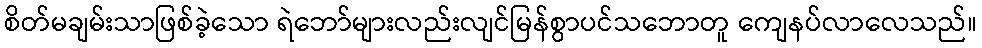
စိတ်မချမ်းသာဖြစ်ခဲ့သော ရဲဘော်များလည်းလျင်မြန်စွာပင်သဘောတူ ကျေနပ်လာလေသည်။